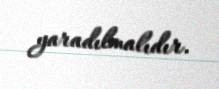
yaradılmalıdır.